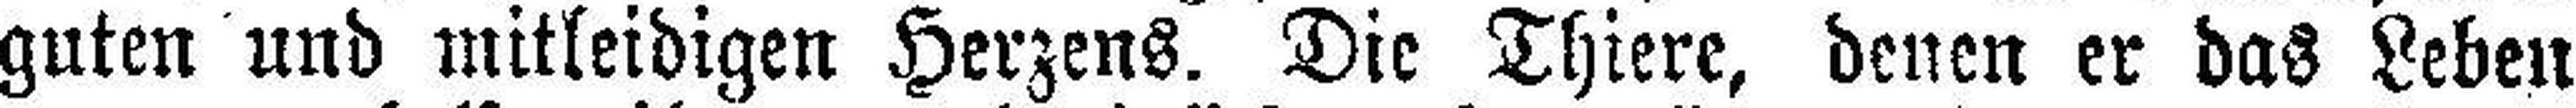
guten und mitleidigen Herzens. Die Thiere, denen er das Leben